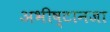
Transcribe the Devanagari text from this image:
अभीष्टानजा